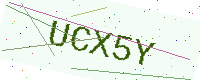
Text: UCX5Y